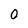
Character: 0